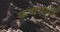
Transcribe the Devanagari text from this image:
कणभसूत्र